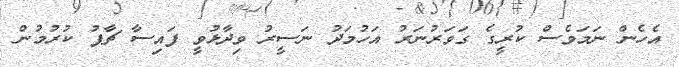
އެހެން ނަމަވެސް ކުރީގެ ގަވަރުނަރު އަހުމަދު ނަސީރު ވިދާޅުވީ ފައިސާ ޗާޕު ކުރުމުން